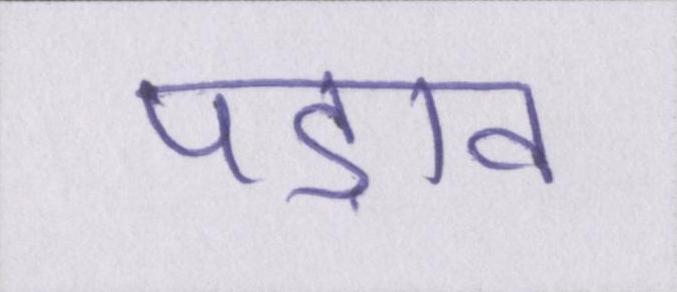
पड़ाव